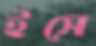
ইসে